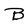
Character: B